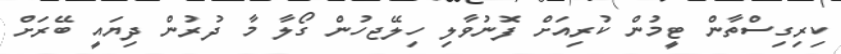
ކިރިގިސްތާން ޓީމުން ކުރިއަށް ފޮނުވާލި ހިލޭޖހުން ގޯލާ މާ ދުރުން ދިޔައީ ބޭރަށް